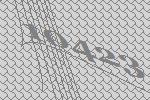
10423